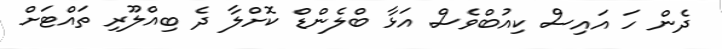
ދެން ހަ އައިސް ކިއުބްވެސް އަޅާ ބްލެންޑް ކޮށްލާ ދެ ބިއްލޫރި ތައްޓަށް